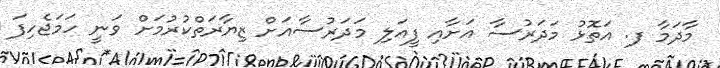
މާދަމާ ފ. އަތޮޅު މަދަރުސާ އަށާއި ފީއަލި މަދަރުސާއަށް ޒިޔާރަތްކުރުމަށް ވަނީ ހަމަޖެހިފަ